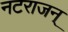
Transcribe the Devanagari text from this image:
नटराजन्‌